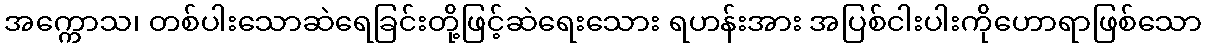
အက္ကောသ၊ တစ်ပါးသောဆဲရေခြင်းတို့ဖြင့်ဆဲရေးသေား ရဟန်းအား အပြစ်ငါးပါးကိုဟောရာဖြစ်သော